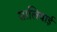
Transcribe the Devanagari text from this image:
सालियाई